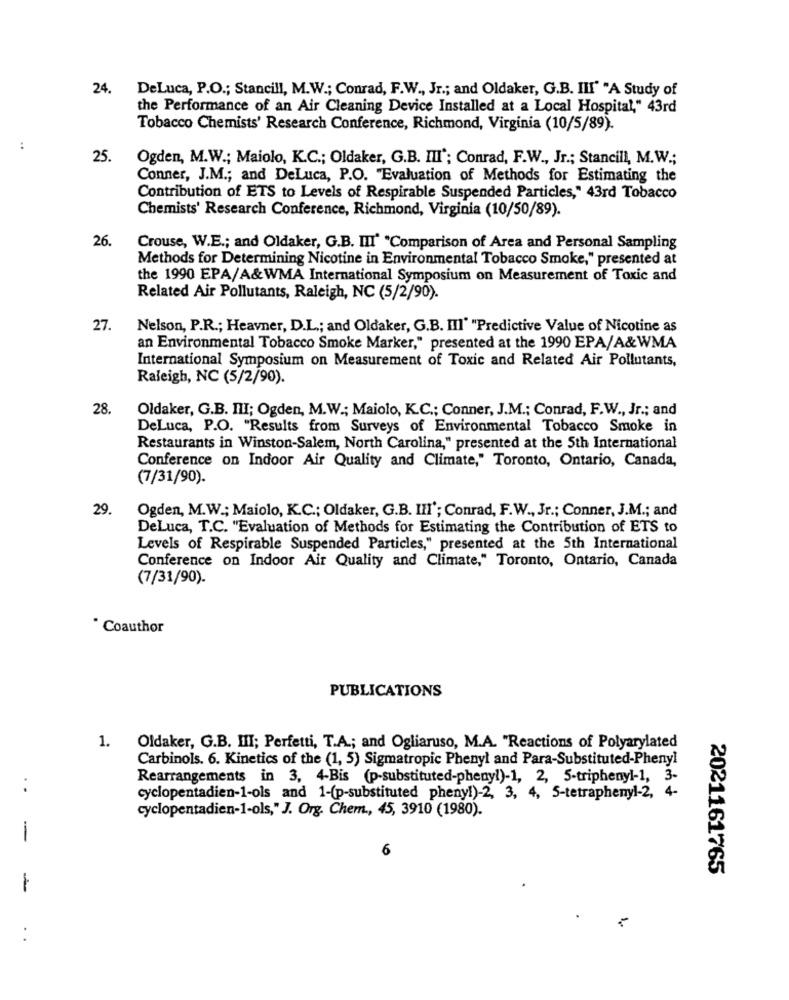
24.
DeLuca, P.O .; Stancill, M.W .; Conrad, F.W ., Jr .; and Oldaker, G.B. III" "A Study of
the Performance of an Air Cleaning Device Installed at a Local Hospital," 43rd
Tobacco Chemists' Research Conference, Richmond, Virginia (10/5/89).
:
25.
Ogden, M.W .; Maiolo, K.C .; Oldaker, G.B. III'; Conrad, F.W ., Jr .; Stancill, M.W .;
Conner, J.M .; and DeLuca, P.O. "Evaluation of Methods for Estimating the
Contribution of ETS to Levels of Respirable Suspended Particles," 43rd Tobacco
Chemists' Research Conference, Richmond, Virginia (10/50/89).
26.
Crouse, W.E .; and Oldaker, G.B. III" "Comparison of Area and Personal Sampling
Methods for Determining Nicotine in Environmental Tobacco Smoke," presented at
the 1990 EPA/A&WMA International Symposium on Measurement of Toxic and
Related Air Pollutants, Raleigh, NC (5/2/90).
27.
Nelson, P.R .; Heavner, D.L .; and Oldaker, G.B. IIl' "Predictive Value of Nicotine as
an Environmental Tobacco Smoke Marker," presented at the 1990 EPA/A&WMA
International Symposium on Measurement of Toxic and Related Air Pollutants,
Raleigh, NC (5/2/90).
28.
Oldaker, G.B. III; Ogden, M.W .; Maiolo, K.C .; Conner, J.M .; Conrad, F.W ., Jr .; and
DeLuca, P.O. "Results from Surveys of Environmental Tobacco Smoke in
Restaurants in Winston-Salem, North Carolina," presented at the 5th International
Conference on Indoor Air Quality and Climate," Toronto, Ontario, Canada,
(7/31/90).
29.
Ogden, M.W .; Maiolo, K.C .; Oldaker, G.B. III'; Conrad, F.W ., Jr .; Conner, J.M .; and
DeLuca, T.C. "Evaluation of Methods for Estimating the Contribution of ETS to
Levels of Respirable Suspended Particles," presented at the 5th International
Conference on Indoor Air Quality and Climate," Toronto, Ontario, Canada
(7/31/90).
. Coauthor
PUBLICATIONS
1. Oldaker, G.B. III; Perfetti, T.A .; and Ogliaruso, M.A. "Reactions of Polyarylated
Carbinols. 6. Kinetics of the (1, 5) Sigmatropic Phenyl and Para-Substituted-Phenyl
Rearrangements in 3, 4-Bis (p-substituted-phenyl)-1, 2, 5-triphenyl-1, 3-
:
cyclopentadien-1-ols and 1-(p-substituted phenyl)-2, 3, 4, 5-tetraphenyl-2, 4-
cyclopentadien-1-ols," J. Org. Chem, 45, 3910 (1980).
-
6
2021161765
-